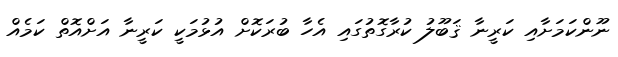
ނޫންކަމަށާއި ކަރީނާ ޤަބޫލު ކުރާގޮތުގައި އެހާ ބުރަކޮށް އުޅުމަކީ ކަރީނާ އަށްއޮތް ކަމެއް